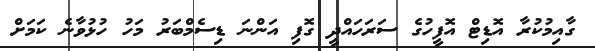
ގާއިމުކުރާ އޮޑިޓް އޮފީހުގެ ސަރަހައްދީ ގޮފި އަންނަ ޑިސެމްބަރު މަހު ހުޅުވާނެ ކަމަށް